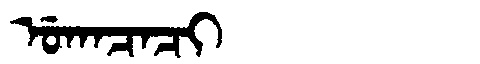
Manchu: ᡠᡴᠠᠴᠠᠴᡳ
Romanization: UKACACI